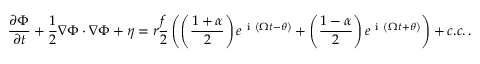
\frac { \partial \Phi } { \partial t } + \frac { 1 } { 2 } \nabla \Phi \cdot \nabla \Phi + \eta = r \frac { f } { 2 } \left( \left( \frac { 1 + \alpha } { 2 } \right) e ^ { \mathrm { ~ i ~ } \left( \Omega t - \theta \right) } + \left( \frac { 1 - \alpha } { 2 } \right) e ^ { \mathrm { ~ i ~ } \left( \Omega t + \theta \right) } \right) + c . c . \, .